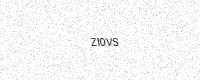
Text: ZI0VS